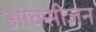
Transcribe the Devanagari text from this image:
आंक्सीजन